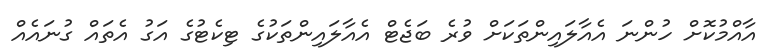
އާއްމުކޮށް ހުންނަ އެއާލައިންތަކަށް ވުރެ ބަޖެޓް އެއާލައިންތަކުގެ ޓިކެޓުގެ އަގު އެތައް ގުނައެއް